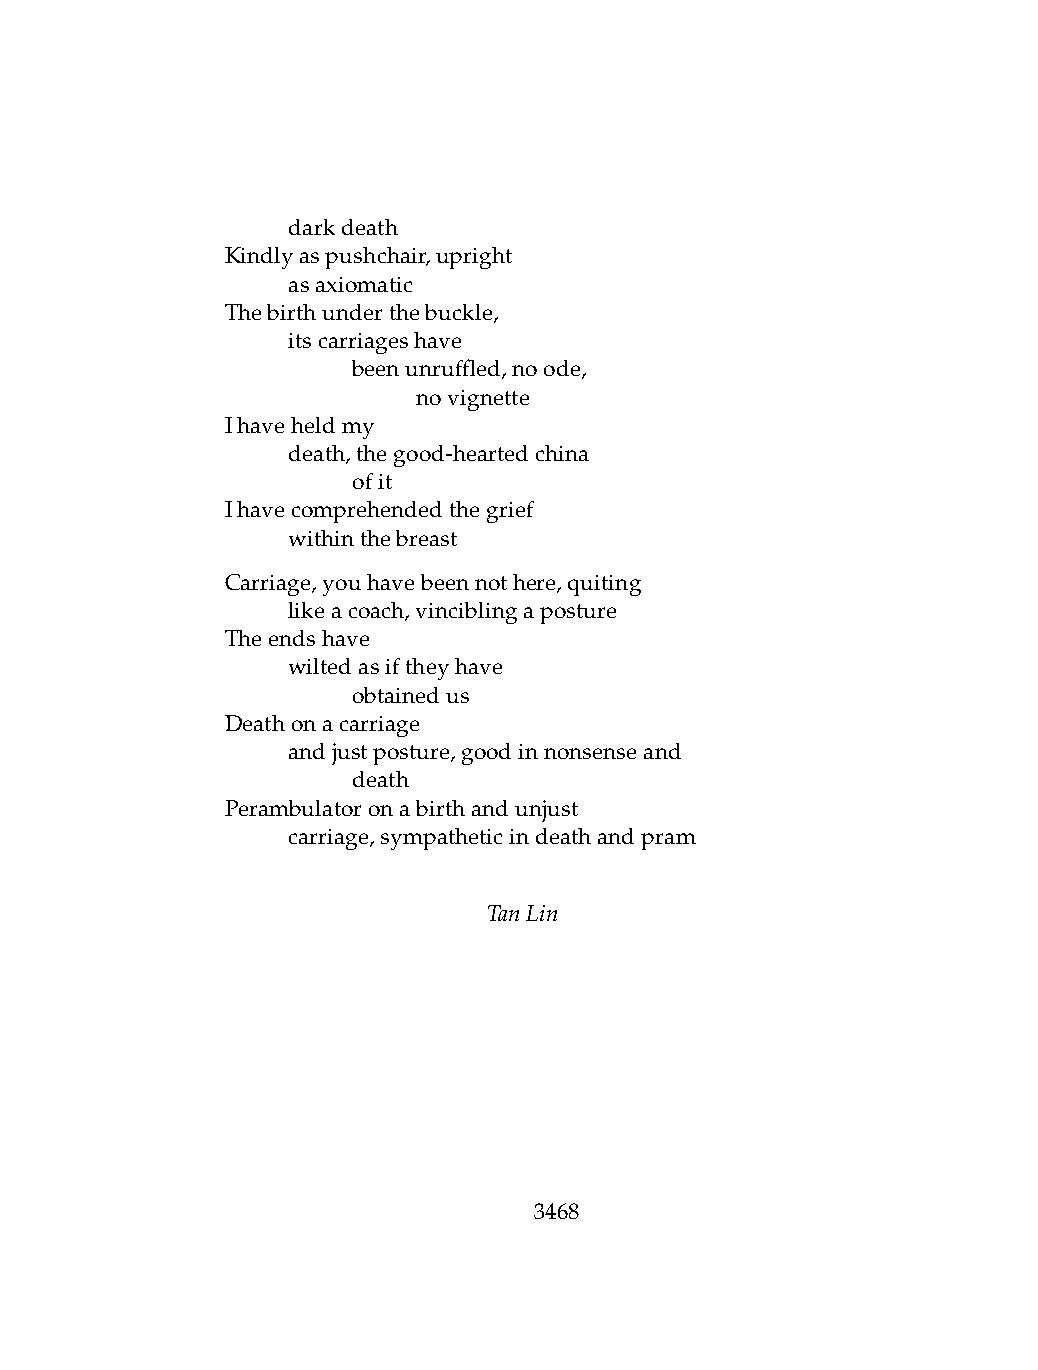
.   darkdeath
 Kindlyaspushchair,upright
 .   asaxiomatic
 Thebirthunderthebuckle,
 .   itscarriageshave
 .   .   beenunruffled,noode,
 .   .   .    novignette
 Ihaveheldmy
 .   death,thegood-heartedchina
 .   .   ofit
 Ihavecomprehendedthegrief
 .   withinthebreast
 Carriage,youhavebeennothere,quiting
 .   likeacoach,vinciblingaposture
 Theendshave
 .   wiltedasiftheyhave
 .   .   obtainedus
 Deathonacarriage
 .   andjustposture,goodinnonsenseand
 .   .   death
 Perambulatoronabirthandunjust
 .   carriage,sympatheticindeathandpram
 TanLin
 3468